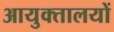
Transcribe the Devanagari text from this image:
आयुक्‍तालयों